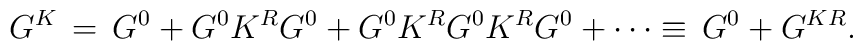
G^K\,=\,G^0+G^0K^RG^0+G^0K^RG^0K^RG^0+\cdots\equiv\,G^0+G^{KR}.